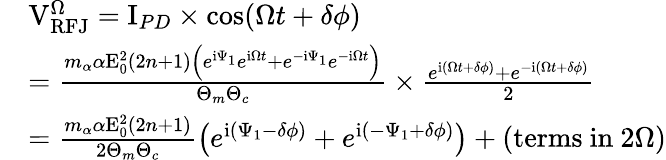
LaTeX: \begin{array}{rl}&{\mathrm{V}_{\mathrm{RFJ}}^{\Omega}=\mathrm{I}_{PD}\times\cos(\Omega t+\delta\phi)}\\ &{=\frac{m_{\alpha}\alpha\mathrm{E}_{0}^{2}(2n+1)\Big(e^{\mathrm{i}\Psi_{1}}e^{\mathrm{i}\Omega t}+e^{-\mathrm{i}\Psi_{1}}e^{-\mathrm{i}\Omega t}\Big)}{\Theta_{m}\Theta_{c}}\times\frac{e^{\mathrm{i}(\Omega t+\delta\phi)}+e^{-\mathrm{i}(\Omega t+\delta\phi)}}{2}}\\ &{=\frac{m_{\alpha}\alpha\mathrm{E}_{0}^{2}(2n+1)}{2\Theta_{m}\Theta_{c}}\left(e^{\mathrm{i}(\Psi_{1}-\delta\phi)}+e^{\mathrm{i}(-\Psi_{1}+\delta\phi)}\right)+\left(\mathrm{terms~in~}2\Omega\right)}\end{array}